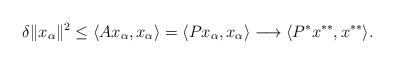
\begin{align*}\delta\|x_{\alpha}\|^2\leq\langle Ax_{\alpha}, x_{\alpha}\rangle=\langle Px_{\alpha}, x_{\alpha}\rangle\longrightarrow\langle P^*x^{**}, x^{**}\rangle.\end{align*}